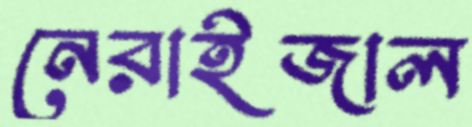
নেরাইজাল